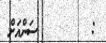
:         ސަންއަށް